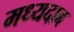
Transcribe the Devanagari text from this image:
मध्यदाब